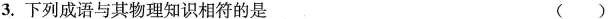
3. 下列成语与其物理知识相符的是（）